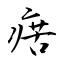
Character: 瘔